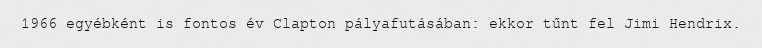
1966 egyébként is fontos év Clapton pályafutásában: ekkor tűnt fel Jimi Hendrix.